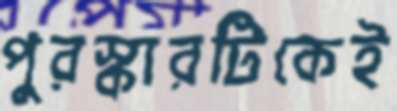
পুরস্কারটিকেই